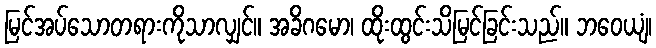
မြင်အပ်သောတရားကိုသာလျှင်။ အခိဂမော၊ ထိုးထွင်းသိမြင်ခြင်းသည်။ ဘဝေယျံ၊